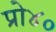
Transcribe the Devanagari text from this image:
प्रो४०